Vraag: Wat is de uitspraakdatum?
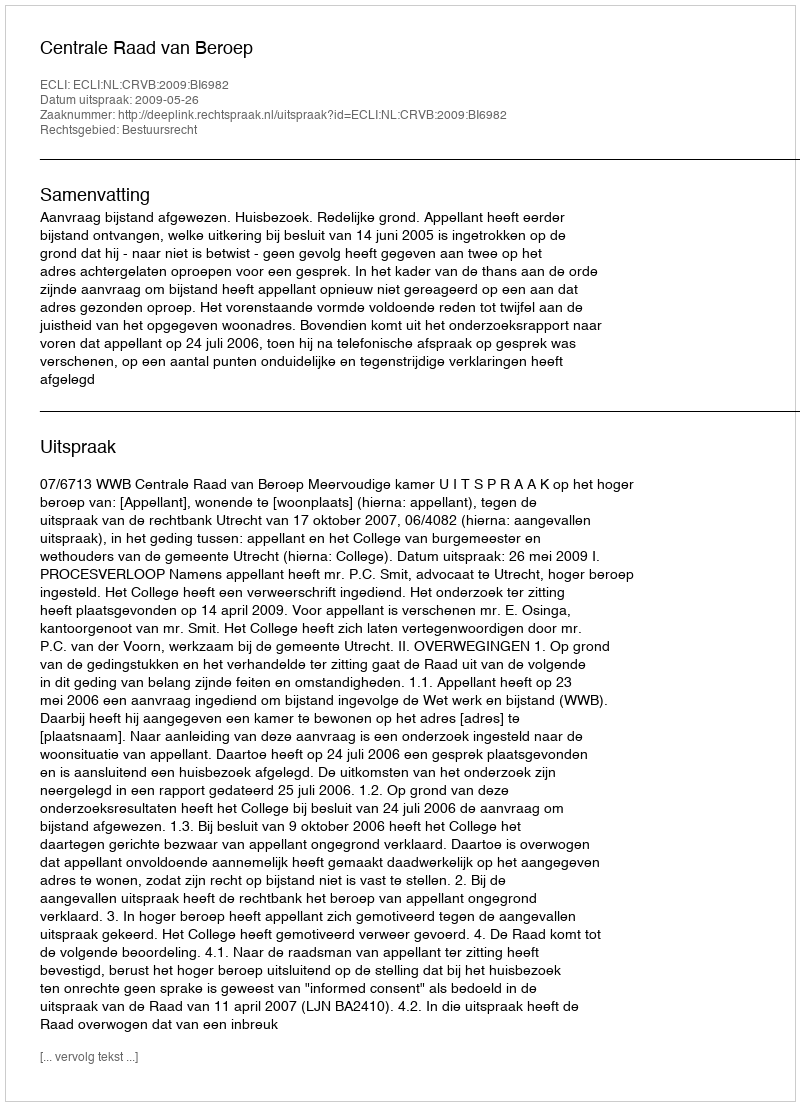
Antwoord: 2009-05-26